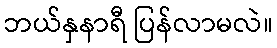
ဘယ်နှနာရီ ပြန်လာမလဲ။